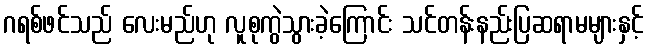
ဂရစ်ဖင်သည် လေးမည်ဟု လူစုကွဲသွားခဲ့ကြောင်း သင်တန်းနည်းပြဆရာမများနှင့်